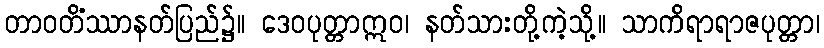
တာဝတိံဿာနတ်ပြည်၌။ ဒေဝပုတ္တာဣဝ၊ နတ်သားတို့ကဲ့သို့။ သာကိရာရာဇပုတ္တာ၊